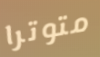
متوترا